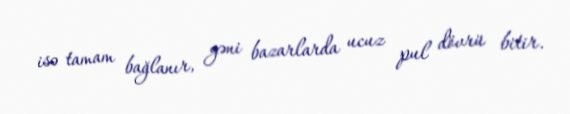
isə tamam bağlanır, yəni bazarlarda ucuz pul dövrü bitir.